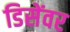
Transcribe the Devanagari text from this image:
डिसेंवर